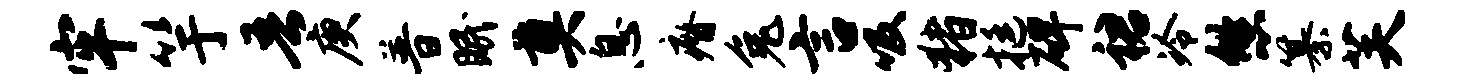
牢竽吾庚普眠奠息瘠兔言吸猪挺碑裙冷悠纂芙